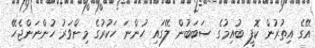
އޭގެ އިތުރުން ކޮފީ ބުއިމުގެ ސަބަބުން ލޭގައި ހުންނަ ހަކުރުގެ މިންވަރު ހުންނަންޖެހޭ